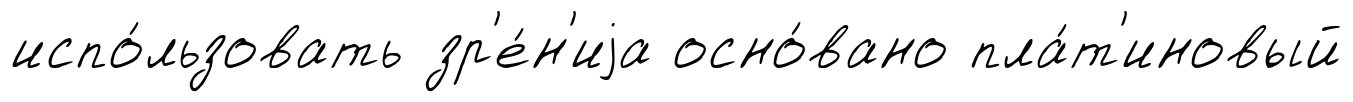
испо́льзовать зр'е́н'иjа осно́вано пла́т'иновый